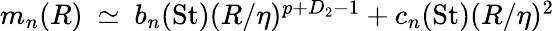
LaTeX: \begin{array}{r}{m_{n}(R){\ \simeq\ }b_{n}(\mathrm{St})(R/\eta)^{p+D_{2}-1}+c_{n}(\mathrm{St})(R/\eta)^{{2}}}\end{array}